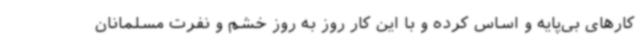
کارهای بی‌پایه و اساس کرده و با این کار روز به روز خشم و نفرت مسلمانان